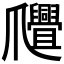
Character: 𤕊